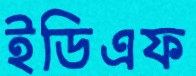
ইডিএফ